Indian journal of veterinary science and animal husbandry - Volumes 26-27, 1956-1957
Year: 1956
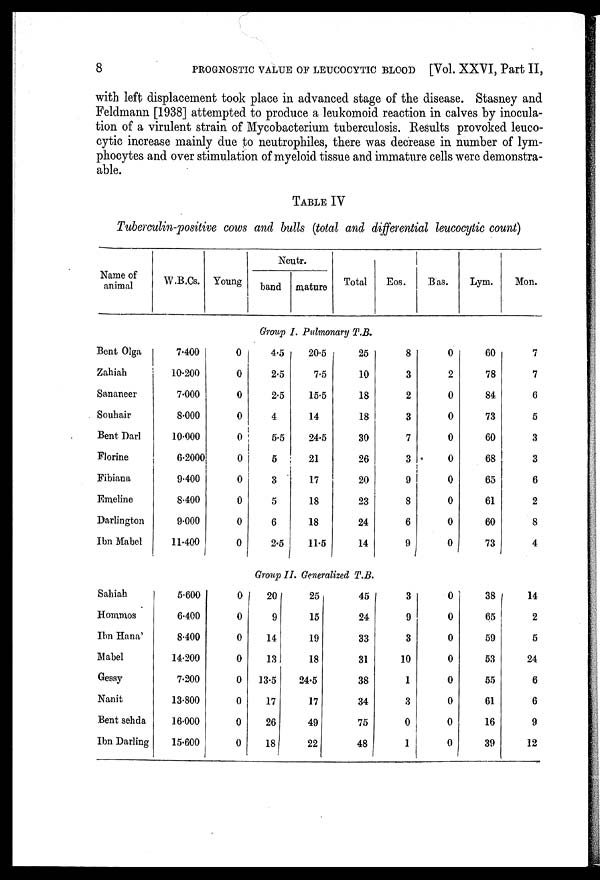
8
PROGNOSTIC VALUE OF LEUCOCYTIC BLOOD [Vol. XXVI, Part II,
with left displacement took place in advanced stage of the disease. Stasney and
Feldmann [1938] attempted to produce a leukomoid reaction in calves by inocula-
tion of a virulent strain of Mycobacterium tuberculosis. Results provoked leuco-
cytic increase mainly due to neutrophiles, there was decrease in number of lym-
phocytes and over stimulation of myeloid tissue and immature cells were demonstra-
able.
TABLE IV
Tuberculin-positive cows and bulls (total and differential leucocytic count)
Name of
animal
Bent Olga
Zahiah
Sananeer
Souhair
Bent Darl
Florine
Fibiana
Emeline
Darlington
Ibn Mabel
Sahiah
Hommos
Ibn Hana'
Mabel
Gessy
Nanit
Bent sehda
Ibn Darling
W.B.Cs.
7.400
10.200
7.000
8.000
10.000
6.2000
9.400
8.400
9.000
11.400
5.600
6.400
8.400
14.200
7.200
13.800
16.000
15.600
Young
0
0
0
0
0
0
0
0
0
0
0
0
0
0
0
0
0
0
Neutr.
band mature
Total
Group I. Pulmonary T.B.
4.5
2.5
2.5
4
5.5
5
3
5
6
2.5
20.5
7.5
15.5
14
24.5
21
17
18
18
11.5
25
10
18
18
30
26
20
23
24
14
Group II. Generalized T.B.
20
9
14
13
13.5
17
26
18
25
15
19
18
24.5
17
49
22
45
24
33
31
38
34
75
48
Eos.
8
3
2
3
7
3
9
8
6
9
3
9
3
10
1
3
0
1
Bas.
0
2
0
0
0
0
0
0
0
0
0
0
0
0
0
0
0
0
Lym.
60
78
84
73
60
68
65
61
60
73
38
65
59
53
55
61
16
39
Mon.
7
7
6
5
3
3
6
2
8
4
14
2
5
24
6
6
9
12